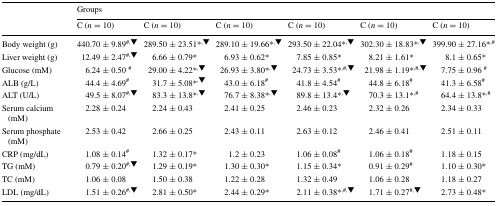
<table><thead><tr><td rowspan="2"></td><td colspan="6"><b>Groups</b></td></tr><tr><td><b>C (<i>n</i> = 10)</b></td><td><b>C (<i>n</i> = 10)</b></td><td><b>C (<i>n</i> = 10)</b></td><td><b>C (<i>n</i> = 10)</b></td><td><b>C (<i>n</i> = 10)</b></td><td><b>C (<i>n</i> = 10)</b></td></tr></thead><tbody><tr><td>Body weight (g)</td><td>440.70 ± 9.89<sup>#,▼</sup></td><td>289.50 ± 23.51*<sup>,▼</sup></td><td>289.10 ± 19.66*<sup>,▼</sup></td><td>293.50 ± 22.04*<sup>,▼</sup></td><td>302.30 ± 18.83*<sup>,▼</sup></td><td>399.90 ± 27.16*<sup>,#</sup></td></tr><tr><td>Liver weight (g)</td><td>12.49 ± 2.47<sup>#,▼</sup></td><td>6.66 ± 0.79*</td><td>6.93 ± 0.62*</td><td>7.85 ± 0.85*</td><td>8.21 ± 1.61*</td><td>8.1 ± 0.65*</td></tr><tr><td>Glucose (mM)</td><td>6.24 ± 0.50 <sup>#</sup></td><td>29.00 ± 4.22*<sup>,▼</sup></td><td>26.93 ± 3.80*<sup>,▼</sup></td><td>24.73 ± 3.53*<sup>,#,▼</sup></td><td>21.98 ± 1.19*<sup>,#,▼</sup></td><td>7.75 ± 0.96 <sup>#</sup></td></tr><tr><td>ALB (g/L)</td><td>44.4 ± 4.69<sup>#</sup></td><td>31.7 ± 5.08*<sup>,▼</sup></td><td>43.0 ± 6.18<sup>#</sup></td><td>41.8 ± 4.54<sup>#</sup></td><td>44.8 ± 6.18<sup>#</sup></td><td>41.3 ± 6.58<sup>#</sup></td></tr><tr><td>ALT (U/L)</td><td>49.5 ± 8.07<sup>#,▼</sup></td><td>83.3 ± 13.8*<sup>,▼</sup></td><td>76.7 ± 8.38*<sup>,▼</sup></td><td>89.8 ± 13.4*<sup>,▼</sup></td><td>70.3 ± 13.1*<sup>,#</sup></td><td>64.4 ± 13.8*<sup>,#</sup></td></tr><tr><td>Serum calcium (mM)</td><td>2.28 ± 0.24</td><td>2.24 ± 0.43</td><td>2.41 ± 0.25</td><td>2.46 ± 0.23</td><td>2.32 ± 0.26</td><td>2.34 ± 0.33</td></tr><tr><td>Serum phosphate (mM)</td><td>2.53 ± 0.42</td><td>2.66 ± 0.25</td><td>2.43 ± 0.11</td><td>2.63 ± 0.12</td><td>2.46 ± 0.41</td><td>2.51 ± 0.11</td></tr><tr><td>CRP (mg/dL)</td><td>1.08 ± 0.14<sup>#</sup></td><td>1.32 ± 0.17*</td><td>1.2 ± 0.23</td><td>1.06 ± 0.08<sup>#</sup></td><td>1.06 ± 0.18<sup>#</sup></td><td>1.18 ± 0.15</td></tr><tr><td>TG (mM)</td><td>0.79 ± 0.20<sup>#,▼</sup></td><td>1.29 ± 0.19*</td><td>1.30 ± 0.30*</td><td>1.15 ± 0.34*</td><td>0.91 ± 0.29<sup>#</sup></td><td>1.10 ± 0.30*</td></tr><tr><td>TC (mM)</td><td>1.06 ± 0.08</td><td>1.50 ± 0.38</td><td>1.22 ± 0.28</td><td>1.32 ± 0.49</td><td>1.06 ± 0.28</td><td>1.18 ± 0.27</td></tr><tr><td>LDL (mg/dL)</td><td>1.51 ± 0.26<sup>#,▼</sup></td><td>2.81 ± 0.50*</td><td>2.44 ± 0.29*</td><td>2.11 ± 0.38*<sup>,#,▼</sup></td><td>1.71 ± 0.27<sup>#,▼</sup></td><td>2.73 ± 0.48*</td></tr></tbody></table>